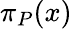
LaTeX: \pi_{P}(x)